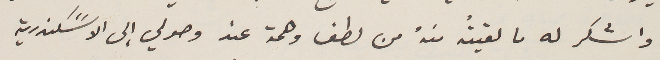
واشكر له ما لقيتُه منهُ من لطف وهمة عند وصولي إلى الاسًكندرية